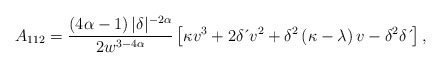
\begin{align*}A_{112}=\frac{\left( 4\alpha-1\right) |\delta|^{-2\alpha}}{2w^{3-4\alpha}}\left[ \kappa v^{3}+2\delta \,\acute{}\,v^{2}+\delta^{2}\left( \kappa-\lambda \right) v-\delta^{2}\delta \,\acute{}\, \right] , \end{align*}